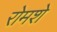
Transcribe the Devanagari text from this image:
रोमशे